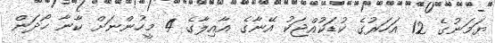
ޔަމަނުގެ 12 އަހަރުގެ ކުޑަކުއްޖަކު އޭނާގެ އާއިލާގެ 4 މީހުންނަށް ކާނާ ހޯދަން